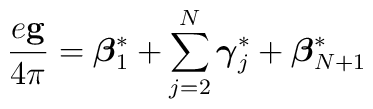
\frac{e{\bf g}}{4\pi}={\mbox{\boldmath $\beta$}}_1^*+\sum_{j=2}^{N}{\mbox{\boldmath $\gamma$}}_j^*+{\mbox{\boldmath $\beta$}}_{N+1}^*